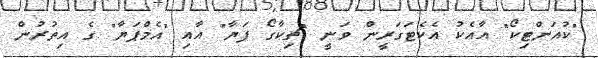
"ކުއަންޓިކޯ" އާއެކު އެކެޓަގަރީން ވަނީ "ޗިކާގޯ ފަޔާ" އާއި "އެމްޕަޔާ" ގެ އިތުރުން